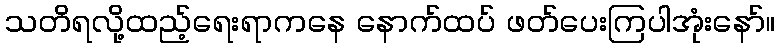
သတိရလို့ထည့်ရေးရာကနေ နောက်ထပ် ဖတ်ပေးကြပါအုံးနော်။